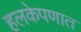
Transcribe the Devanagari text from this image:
हलकेपणात